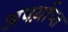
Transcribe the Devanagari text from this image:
अपर्य़ाप्त